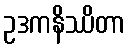
ဥဒကနိဿိတာ